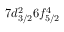
7 d _ { 3 / 2 } ^ { 2 } 6 f _ { 5 / 2 } ^ { 4 }